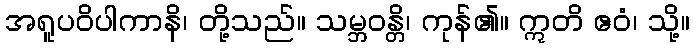
အရူပဝိပါကာနိ၊ တို့သည်။ သမ္ဘဝန္တိ၊ ကုန်၏။ ဣတိ ဧဝံ၊ သို့။